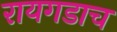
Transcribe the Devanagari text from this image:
रायगडाच